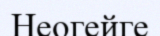
Неогейге